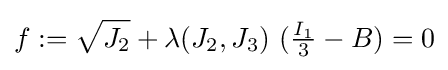
f:={\sqrt {J_{2}}}+\lambda (J_{2},J_{3})~({\tfrac {I_{1}}{3}}-B)=0